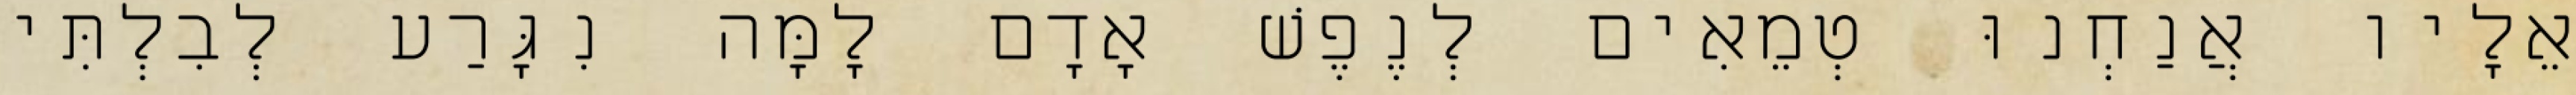
אֵלָיו אֲנַחְנוּ טְמֵאִים לְנֶפֶשׁ אָדָם לָמָּה נִגָּרַע לְבִלְתִּי